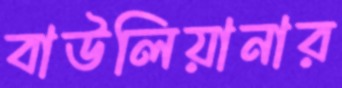
বাউলিয়ানার